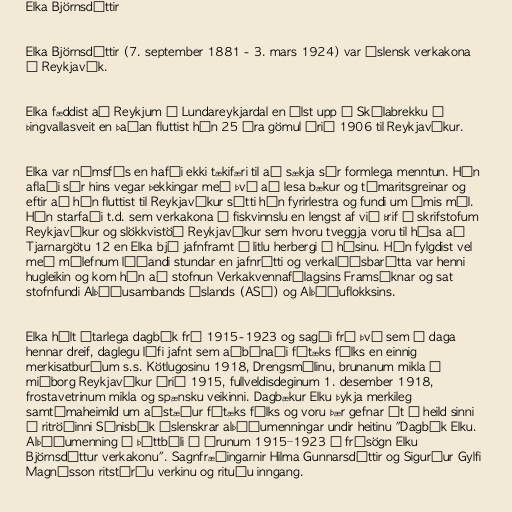
Elka Björnsdóttir

Elka Björnsdóttir (7. september 1881 - 3. mars 1924) var íslensk verkakona
í Reykjavík.

Elka fæddist að Reykjum í Lundareykjardal en ólst upp á Skálabrekku í
Þingvallasveit en þaðan fluttist hún 25 ára gömul árið 1906 til Reykjavíkur.

Elka var námsfús en hafði ekki tækifæri til að sækja sér formlega menntun. Hún
aflaði sér hins vegar þekkingar með því að lesa bækur og tímaritsgreinar og
eftir að hún fluttist til Reykjavíkur sótti hún fyrirlestra og fundi um ýmis mál.
Hún starfaði t.d. sem verkakona í fiskvinnslu en lengst af við þrif á skrifstofum
Reykjavíkur og slökkvistöð Reykjavíkur sem hvoru tveggja voru til húsa að
Tjarnargötu 12 en Elka bjó jafnframt í litlu herbergi í húsinu. Hún fylgdist vel
með málefnum líðandi stundar en jafnrétti og verkalýðsbarátta var henni
hugleikin og kom hún að stofnun Verkakvennafélagsins Framsóknar og sat
stofnfundi Alþýðusambands Íslands (ASÍ) og Alþýðuflokksins.

Elka hélt ítarlega dagbók frá 1915-1923 og sagði frá því sem á daga
hennar dreif, daglegu lífi jafnt sem aðbúnaði fátæks fólks en einnig
merkisatburðum s.s. Kötlugosinu 1918, Drengsmálinu, brunanum mikla í
miðborg Reykjavíkur árið 1915, fullveldisdeginum 1. desember 1918,
frostavetrinum mikla og spænsku veikinni. Dagbækur Elku þykja merkileg
samtímaheimild um aðstæður fátæks fólks og voru þær gefnar út í heild sinni
í ritröðinni Sýnisbók íslenskrar alþýðumenningar undir heitinu "Dagbók Elku.
Alþýðumenning í þéttbýli á árunum 1915–1923 í frásögn Elku
Björnsdóttur verkakonu". Sagnfræðingarnir Hilma Gunnarsdóttir og Sigurður Gylfi
Magnússon ritstýrðu verkinu og rituðu inngang.